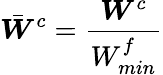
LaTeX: \bar{\boldsymbol{W}}^{c}=\frac{\boldsymbol{W}^{c}}{W_{min}^{f}}